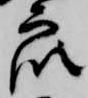
衆